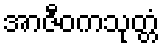
အာဇီဝကသုတ္တံ